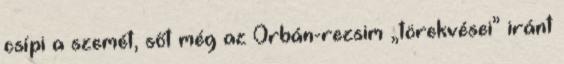
csípi a szemét, sőt még az Orbán-rezsim „törekvései” iránt